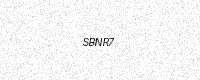
Text: SBNR7